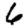
Digit: 6